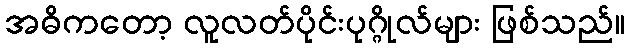
အဓိကတော့ လူလတ်ပိုင်းပုဂ္ဂိုလ်များ ဖြစ်သည်။